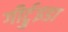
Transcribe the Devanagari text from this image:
गीर्ट्रुइडा